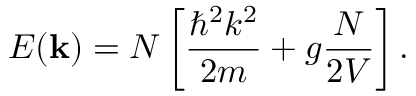
E ( \mathbf { k } ) = N \left[ { \frac { \hbar ^ { 2 } k ^ { 2 } } { 2 m } } + g { \frac { N } { 2 V } } \right] .